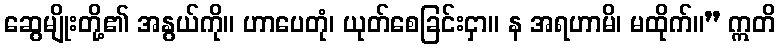
ဆွေမျိုးတို့၏ အနွယ်ကို။ ဟာပေတုံ၊ ယုတ်စေခြင်းငှာ။ န အရဟာမိ၊ မထိုက်။” ဣတိ